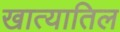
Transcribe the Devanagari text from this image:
खात्यातिल